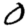
Digit: 0